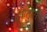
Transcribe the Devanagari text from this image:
ऑल्सो